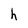
Character: h